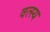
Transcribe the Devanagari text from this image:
वत्स्य